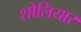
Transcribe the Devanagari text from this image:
शोलियार